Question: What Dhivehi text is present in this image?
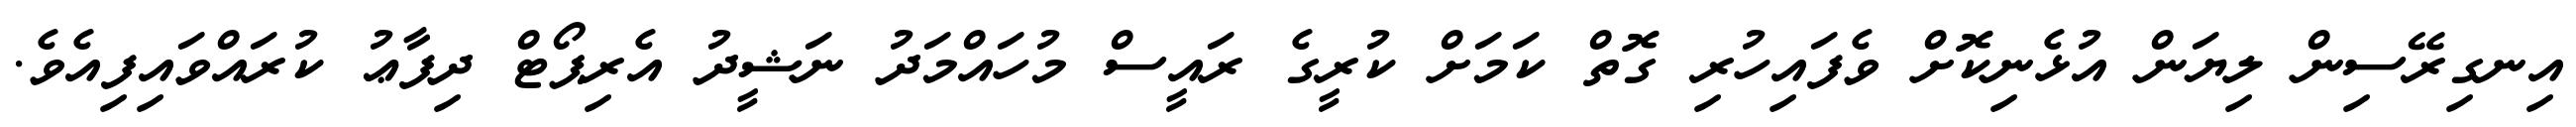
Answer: އިނގިރޭސިން ލިޔަން އުޅެނިކޮށް ވެފައިހުރި ގޮތް ކަމަށް ކުރީގެ ރައީސް މުހައްމަދު ނަޝީދު އެރިޕޯޓް ދިފާޢު ކުރައްވައިފިއެވެ.